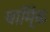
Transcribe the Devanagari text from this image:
धार्मि्क